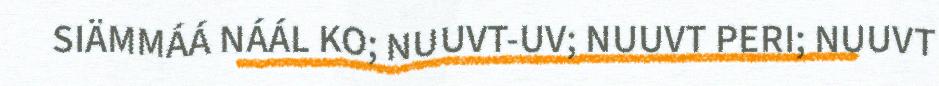
SIÄMMÁÁ NÁÁL KO; NUUVT-UV; NUUVT PERI; NUUVT